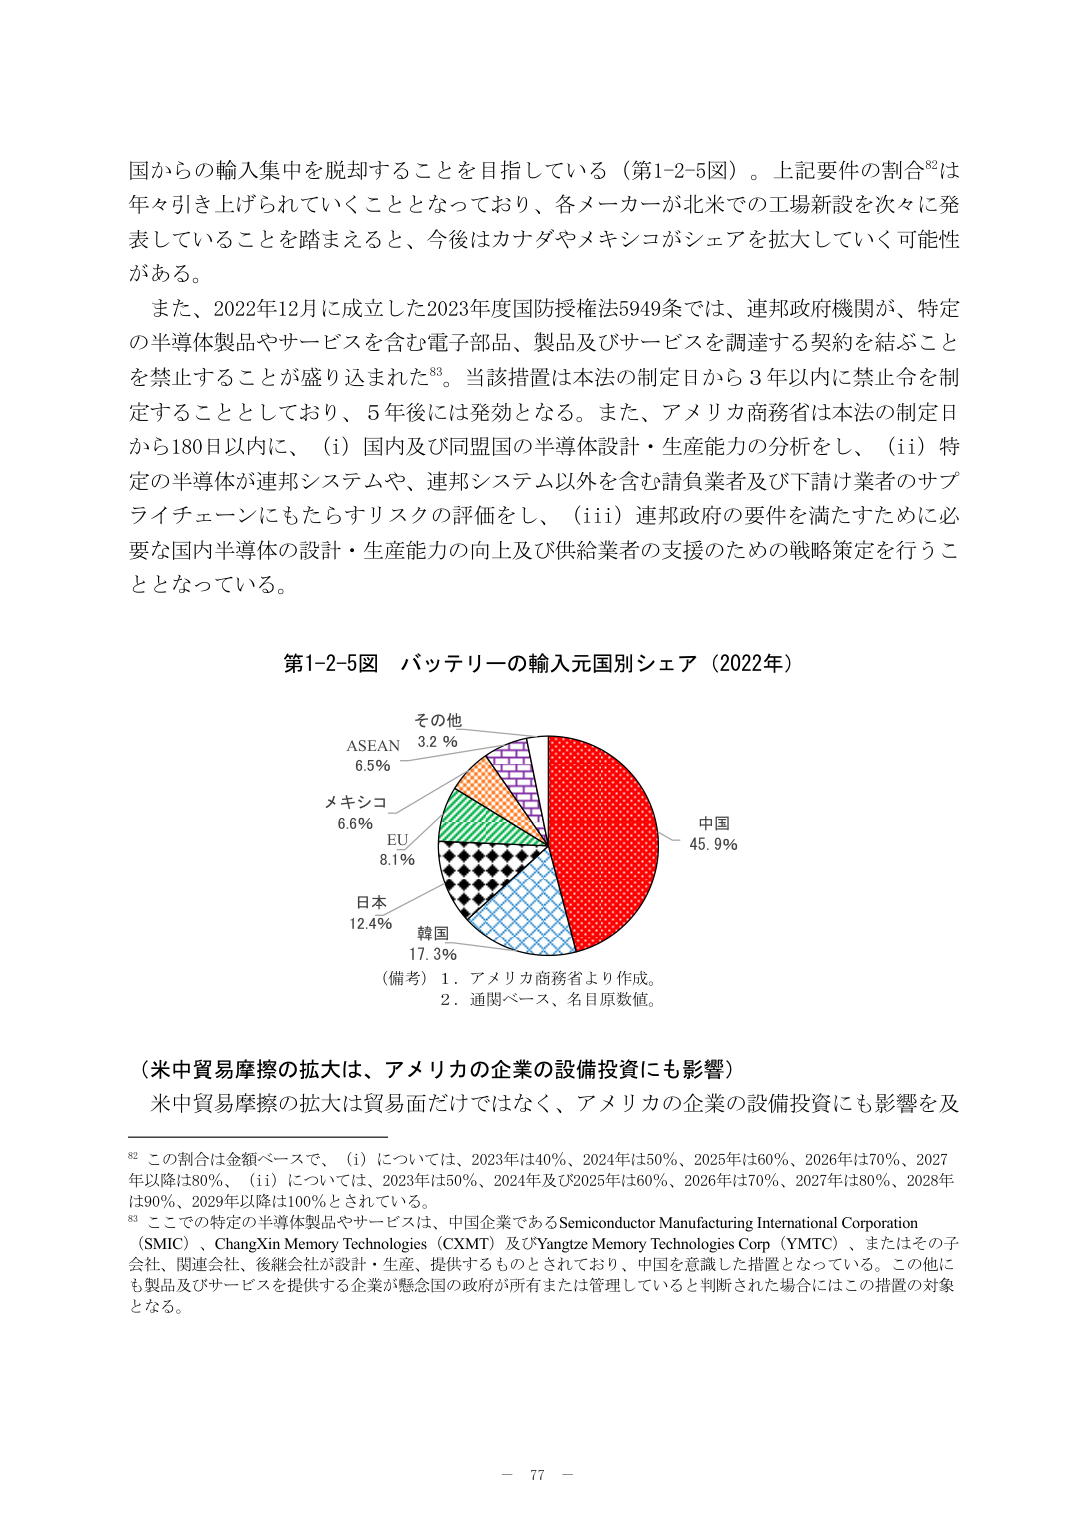
国からの輸入集中を脱却することを目指している（第1-2-5図）。上記要件の割合⁸²は年々引き上げられていくこととなっており、各メーカーが北米での工場新設を次々に発表していることを踏まえると、今後はカナダやメキシコがシェアを拡大していく可能性がある。

また、2022年12月に成立した2023年度国防授权法5949条では、連邦政府機関が、特定の半導体製品やサービスを含む電子部品、製品及びサービスを調達する契約を結ぶことを禁止することが盛り込まれた⁸³。当該措置は本法の制定日から3年以内に禁止令を制定することとしており、5年後には発効となる。また、アメリカ商務省は本法の制定日から180日以内に、（i）国内及び同盟国の半導体設計・生産能力の分析をし、（ii）特定の半導体が連邦システムや、連邦システム以外を含む請負業者及び下請け業者のサプライチェーンにもたらすリスクの評価をし、（iii）連邦政府の要件を満たすために必要な国内半導体の設計・生産能力の向上及び供給業者の支援のための戦略策定を行うこととなっている。

第1-2-5図 バッテリーの輸入元別シェア（2022年）

その他 3.2％
ASEAN 6.5％
メキシコ 6.6％
EU 8.1％
日本 12.4％
韓国 17.3％
中国 45.9％

（備考）1．アメリカ商務省より作成。
　　　　2．通関ベース、名目原数値。

（米中貿易摩擦の拡大は、アメリカの企業の設備投資にも影響）
米中貿易摩擦の拡大は貿易面だけではなく、アメリカの企業の設備投資にも影響を及

⁸² この割合は金額ベースで、（i）については、2023年は40％、2024年は50％、2025年は60％、2026年は70％、2027年以降は80％、（ii）については、2023年は50％、2024年及び2025年は60％、2026年は70％、2027年は80％、2028年は90％、2029年以降は100％とされている。

⁸³ こでの特定の半導体製品やサービスは、中国企業であるSemiconductor Manufacturing International Corporation（SMIC）、ChangXin Memory Technologies（CXMT）及びYangtze Memory Technologies Corp（YMTC）、またはその子会社、関連会社、後継会社が設計・生産、提供するものとされており、中国を意識した措置となっている。この他にも製品及びサービスを提供する企業が懸念国の政府が所有または管理していると判断された場合にはこの措置の対象となる。

－ 77 －